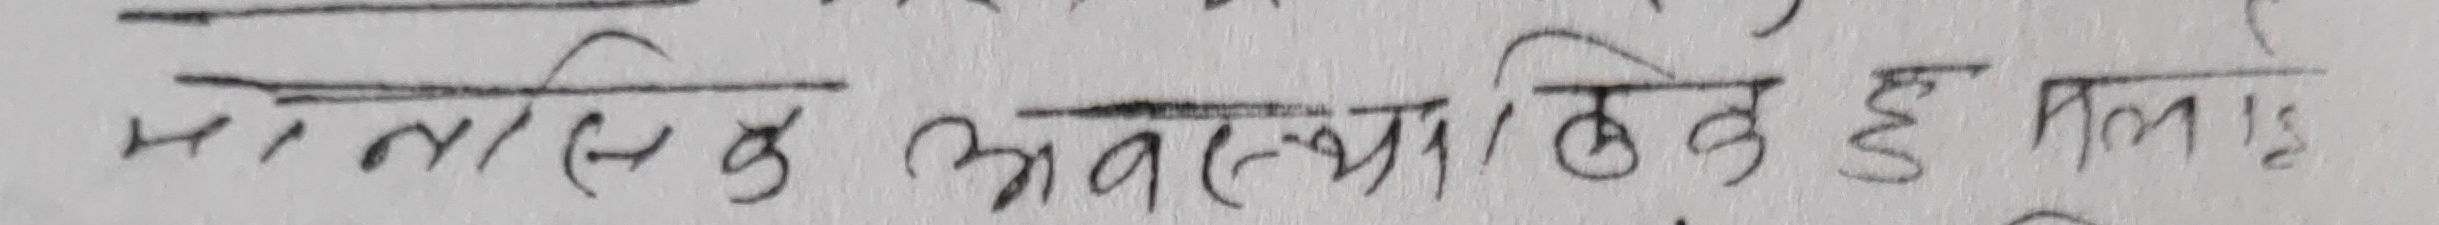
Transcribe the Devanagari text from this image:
मानसिक अवस्था ठीक है मलाइ